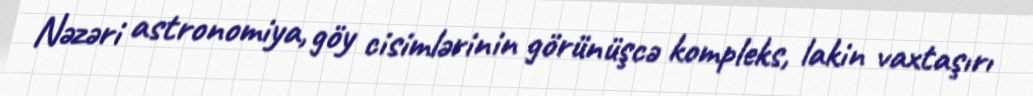
Nəzəri astronomiya, göy cisimlərinin görünüşcə kompleks, lakin vaxtaşırı